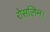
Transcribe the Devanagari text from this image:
रोसलिन।